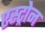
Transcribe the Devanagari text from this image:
एस्ट्रोन